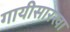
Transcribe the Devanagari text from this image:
गायीसारखा